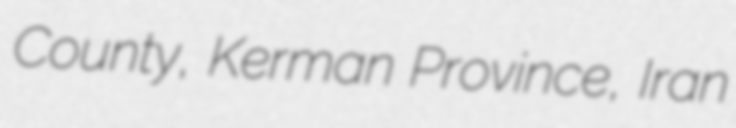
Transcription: County, Kerman Province, Iran